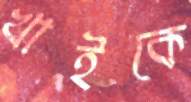
খাইকে